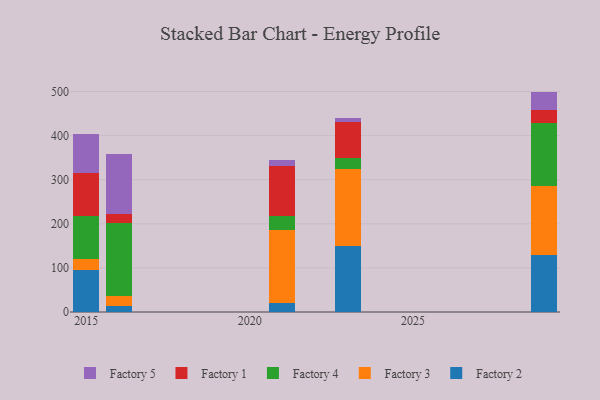
{"axis": {"x": "Year", "y": "Revenue (USD Million)"}, "legend": ["Factory 1", "Factory 2", "Factory 3", "Factory 4", "Factory 5"], "data": [{"x": "2021", "y": 19.6, "type": "Factory 2"}, {"x": "2021", "y": 165.4, "type": "Factory 3"}, {"x": "2021", "y": 31.6, "type": "Factory 4"}, {"x": "2021", "y": 113.4, "type": "Factory 1"}, {"x": "2021", "y": 15.5, "type": "Factory 5"}, {"x": "2016", "y": 13.9, "type": "Factory 2"}, {"x": "2016", "y": 22.9, "type": "Factory 3"}, {"x": "2016", "y": 165.1, "type": "Factory 4"}, {"x": "2016", "y": 21.2, "type": "Factory 1"}, {"x": "2016", "y": 135.1, "type": "Factory 5"}, {"x": "2029", "y": 129.7, "type": "Factory 2"}, {"x": "2029", "y": 156.3, "type": "Factory 3"}, {"x": "2029", "y": 143.5, "type": "Factory 4"}, {"x": "2029", "y": 28.3, "type": "Factory 1"}, {"x": "2029", "y": 41.9, "type": "Factory 5"}, {"x": "2023", "y": 148.6, "type": "Factory 2"}, {"x": "2023", "y": 175.1, "type": "Factory 3"}, {"x": "2023", "y": 24.6, "type": "Factory 4"}, {"x": "2023", "y": 83.0, "type": "Factory 1"}, {"x": "2023", "y": 7.5, "type": "Factory 5"}, {"x": "2015", "y": 96.3, "type": "Factory 2"}, {"x": "2015", "y": 24.6, "type": "Factory 3"}, {"x": "2015", "y": 97.9, "type": "Factory 4"}, {"x": "2015", "y": 97.0, "type": "Factory 1"}, {"x": "2015", "y": 86.7, "type": "Factory 5"}]}